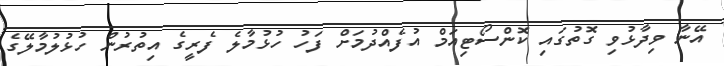
އޭނާ ވިދާޅުވި ގޮތުގައި ކޮންސޯޓިއަމް އުފެއްދުމަށް ފަހު ހުޅުމާލެ ފެރީގެ އިތުރުން ހުޅުލުމާލޭގެ